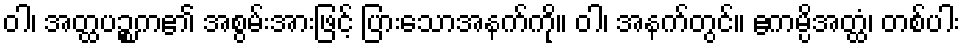
ဝါ၊ အတ္ထပဉ္စက၏ အစွမ်းအားဖြင့် ပြားသောအနက်ကို။ ဝါ၊ အနက်တွင်။ ဧကမ္ပိအတ္ထံ၊ တစ်ပါး